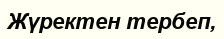
Жүректен тербеп,